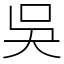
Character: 吳